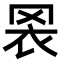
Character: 𦊬